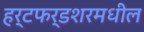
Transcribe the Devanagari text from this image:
हर्टफर्डशरमधील